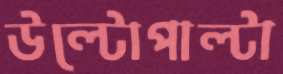
উল্টোপাল্টা